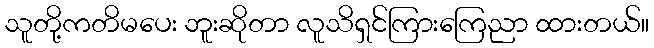
သူတို့ကတိမပေး ဘူးဆိုတာ လူသိရှင်ကြားကြေညာ ထားတယ်။